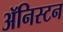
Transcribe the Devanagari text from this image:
ॲनिस्टन